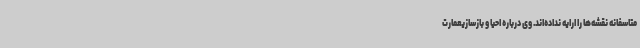
متاسفانه نقشه‌ها را ارایه نداده‌اند. وی درباره احیا و بازسازیعمارت